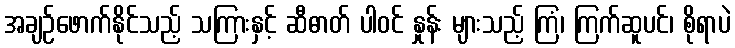
အချဉ်ဖောက်နိုင်သည့် သကြားနှင့် ဆီဓာတ် ပါဝင် နှုန်း များသည့် ကြံ၊ ကြက်ဆူပင်၊ စိုရာပဲ